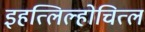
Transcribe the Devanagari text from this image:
इहत्लिल्होचित्ल